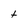
Character: t